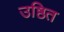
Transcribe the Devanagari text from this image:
उष्ठित